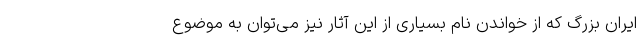
ایرانِ بزرگ که از خواندنِ نام بسیاری از این آثار نیز می‌توان به موضوع